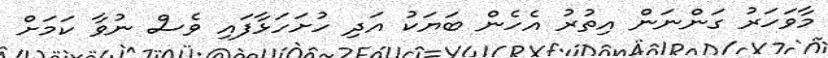
މާވަހަރު ގަންނަން އިތުރު އެހެން ބަޔަކު އަދި ހުށަހަޅާފައި ވެސް ނުވާ ކަމަށް